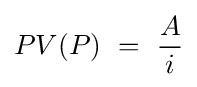
PV(P)\ =\ {A \over i}